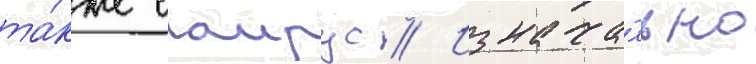
та́кже саирус // Изнача́льно